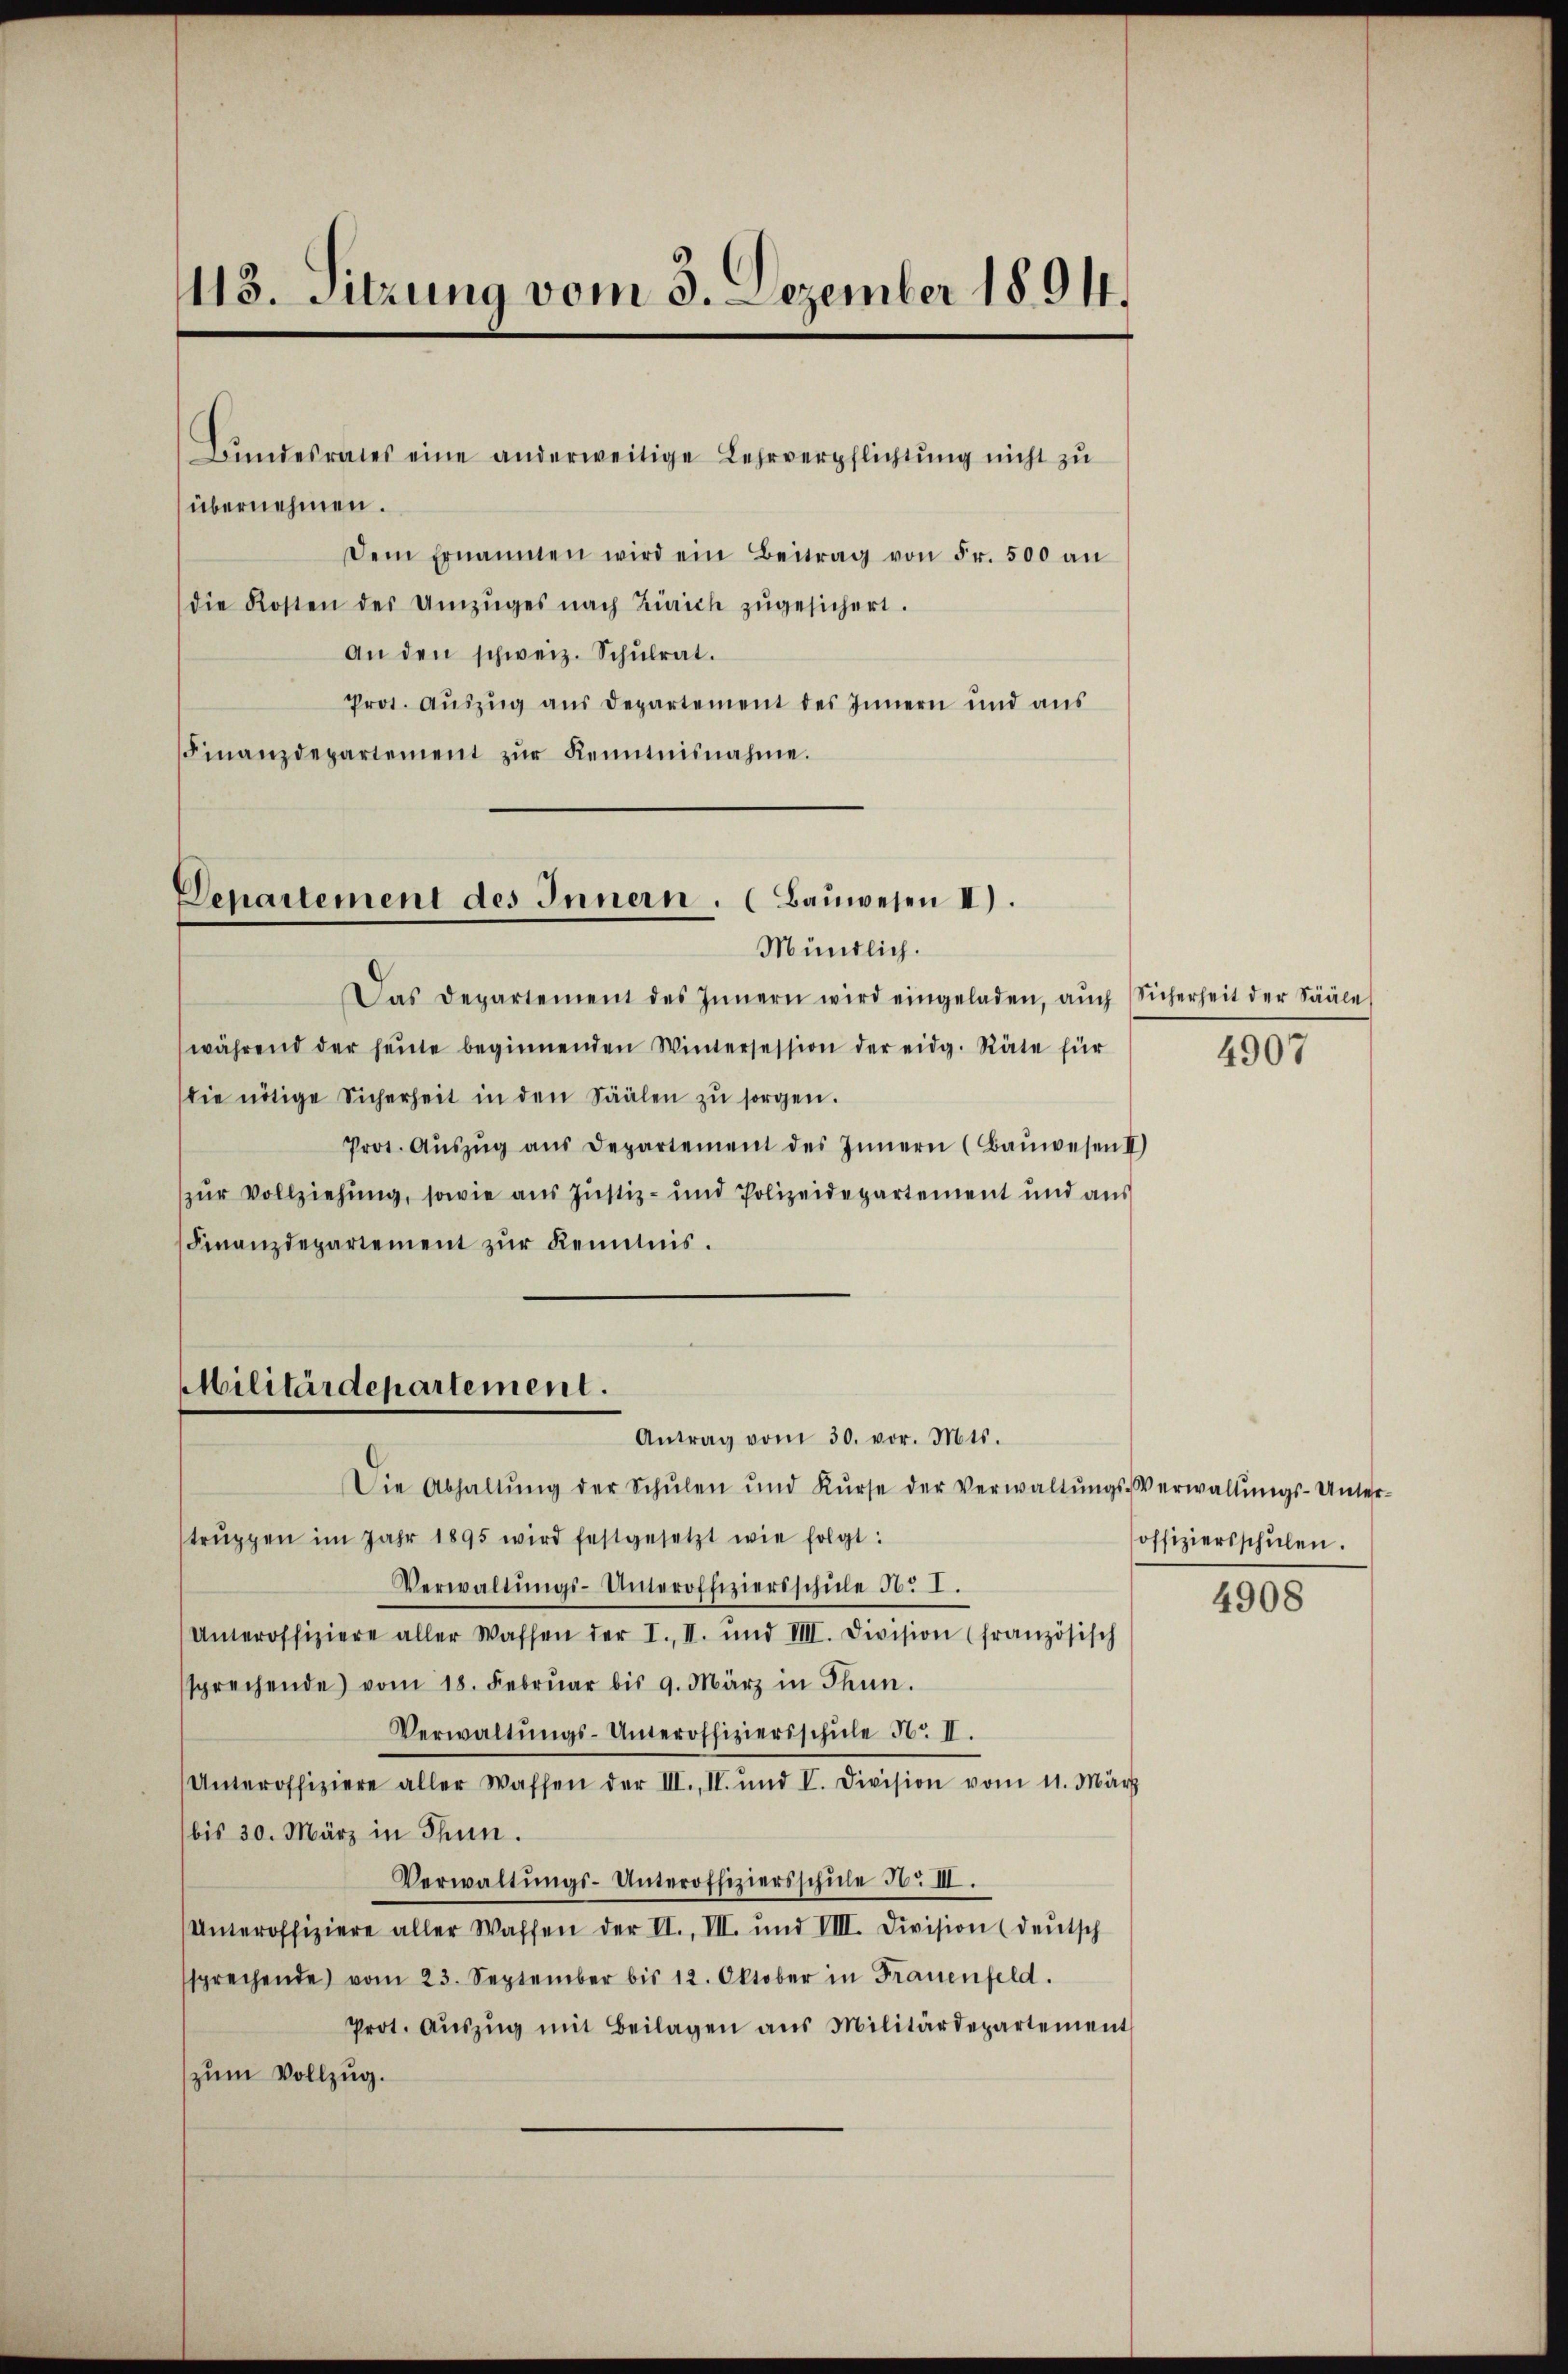
113. Sitzung vom 3. Dezember 1894.

übernehmen.
Dem Ernannten wird ein Beitrag von Fr. 500 an
die Kosten der Umzŭges nach Zürich zŭgesichert.
An den schweiz. Schŭlrat.
Prot. Aŭszŭg aŭs Departement des Innern und aŭs
Finanzdepartement zŭr Kenntnisnahme.

Bundesrates eine anderweitige Lehrverpflichtung nicht zu

Departement des Innern. (Bauwesen II).
Mündlich.

Militärdepartement.
Antrag vom 30. vor. Mts.

Das Departement des Innern wird eingeladen, aŭch Sicherheit der Sääle
während der heŭte beginnenden Wintersession der eidg. Räte für
die nötige Sicherheit in den Säälen zŭ sorgen.
Prot. Aŭszŭg aŭs Departement des Innern (Baŭwesen II
zur Vollziehung, sowie aus Justiz- und Polizeidepartement und aus
Finanzdepartement zur Kenntnis.

Die Abhaltŭng der Schŭlen und Kŭrse der Verwaltŭngs-Verwaltŭngs-Unter-
trŭppen im Jahr 1895 wird festgesetzt wie folgt:
Verwaltŭngs-Unteroffiziersschŭle N. I.
Unteroffiziere aller Wassen der I. II. und VIII. Division (französisch
sprechende vom 18. Febrŭar bis 9. März in Thun.
Verwaltŭngs-Unteroffiziersschŭle 50. II.
Unteroffiziere aller Waffen der III., II. und V. Division vom 11. März
bis 30. März in Thun.
Verwaltŭngs-Unteroffiziersschule No III.
Unteroffiziere aller Waffen der II., VII. und VIII. Division (deŭtsch
sprechende vom 23. September bis 12. Oktober in Frauenfeld.
Prot. Aŭszŭg mit Beilagen aus Militärdepartement
zum Vollzug.

4907

offiziersschŭlen.

4908